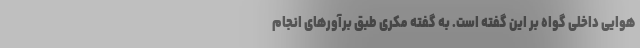
هوایی داخلی گواه بر این گفته است‌. به گفته مکری طبق برآورهای انجام